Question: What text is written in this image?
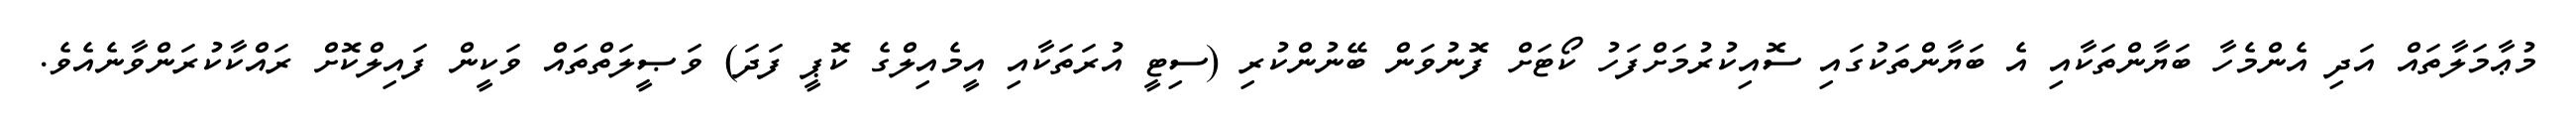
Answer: މުޢާމަލާތައް އަދި އެންމެހާ ބަޔާންތަކާއި އެ ބަޔާންތަކުގައި ސޮއިކުރުމަށްފަހު ކޯޓަށް ފޮނުވަން ބޭނުންކުރި (ސިޓީ އުރަތަކާއި އީމެއިލްގެ ކޮޕީ ފަދަ) ވަޞީލަތްތައް ވަކީން ފައިލްކޮށް ރައްކާކުރަންވާނެއެވެ.